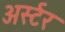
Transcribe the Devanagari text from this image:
अर्स्टर